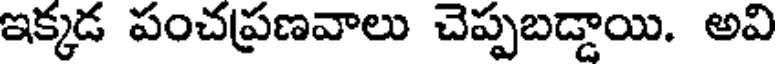
ఇక్కడ పంచప్రణవాలు చెప్పబడ్డాయి. అవి